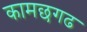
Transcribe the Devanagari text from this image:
कामछगढ